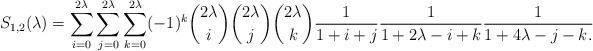
LaTeX: \begin{align*}S_{1, 2}(\lambda) = \sum\limits_{i=0}^{2\lambda}\sum\limits_{j=0}^{2\lambda} \sum\limits_{k=0}^{2\lambda} (-1)^k \binom{2\lambda}{i}\binom{2\lambda}{j}\binom{2\lambda}{k} \frac{1}{1+i+j}\frac{1}{1+2\lambda-i+k} \frac{1}{1+4\lambda-j-k.}\end{align*}